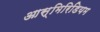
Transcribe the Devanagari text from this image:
आस्मिरिडियम